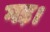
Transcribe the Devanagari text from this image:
गड़।